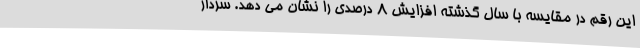
این رقم در مقایسه با سال گذشته افزایش 8 درصدی را نشان می دهد. سردار